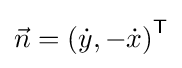
{\vec {n}}=\left({\dot {y}},-{\dot {x}}\right)^{\mathsf {T}}